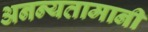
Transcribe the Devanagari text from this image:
अनन्यतामानी